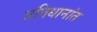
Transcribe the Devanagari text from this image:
संविधानांत